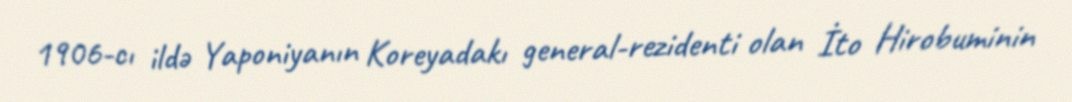
1906-cı ildə Yaponiyanın Koreyadakı general-rezidenti olan İto Hirobuminin